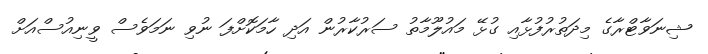
ޝިނަވާޓްރާގެ މިދަތުރުފުޅާއި ގުޅޭ މައުލޫމާތު ސަރުކާރުން އަދި ހާމަކޮށްފަ ނުވި ނަމަވެސް ވީނިއުސްއަށް